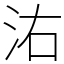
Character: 㳓